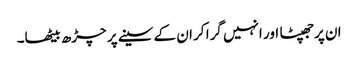
ان پرجھپٹا اور انہیں گرا کر ان کے سینے پر چڑھ بیٹھا۔